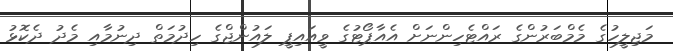
މަޖިލީހުގެ މެމްބަރުންގެ ރައްޓެހިންނަށް އެއާޕޯޓުގެ ވީއައިޕީ ލައުންޖްގެ ހިދުމަތް ދިނުމާއި މެދު ދެކޮޅު